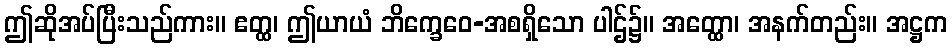
ဤဆိုအပ်ပြီးသည်ကား။ ဧတ္ထ၊ ဤယာယံ ဘိက္ခေဝေ-အစရှိသော ပါဌ်၌။ အတ္ထော၊ အနက်တည်း။ အဋ္ဌက